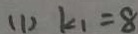
( 1 ) k _ { 1 } = 8